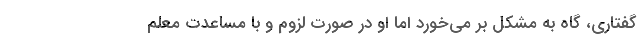
گفتاری، گاه به مشکل بر می‌خورد اما او در صورت لزوم و با مساعدت معلم